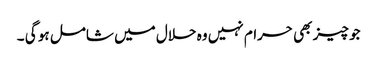
جو چیز بھی حرام نہیں وہ حلال میں شامل ہو گی ۔